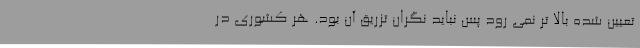
تعیین شده بالا تر نمی رود پس نباید نگران تزریق آن بود. هر کشوری در